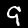
Label: 9